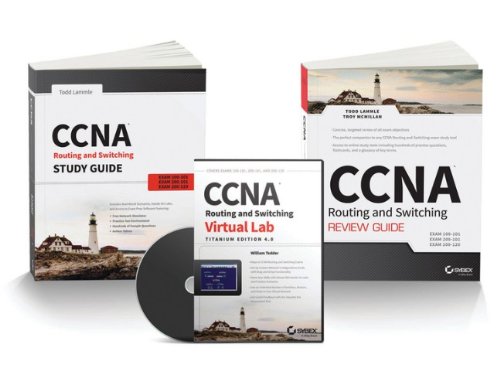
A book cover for CCNA Routing and Switching Certification Kit: Exams 100-101, 200-201, 200-120; Todd Lammle; Computers & Technology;